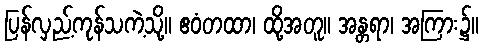
ပြန်လှည့်ကုန်သကဲ့သို့။ ဧဝံတထာ၊ ထို့အတူ။ အန္တရာ၊ အကြား၌။